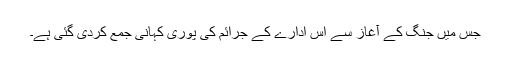
جس میں جنگ کے آغاز سے اس ادارے کے جرائم کی پوری کہانی جمع کردی گئی ہے۔